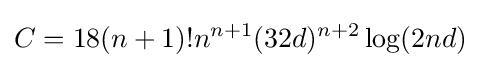
C=18(n+1)!n^{n+1}(32d)^{n+2}\log(2nd)